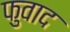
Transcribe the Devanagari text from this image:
फुवाद